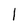
Character: 1